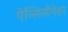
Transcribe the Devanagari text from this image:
पेन्सिलीपेक्षा